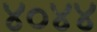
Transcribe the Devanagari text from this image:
४०४४